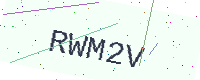
Text: RWM2V